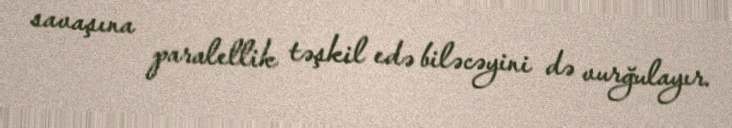
savaşına paralellik təşkil edə biləcəyini də vurğulayır.